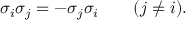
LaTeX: \sigma _ { i } \sigma _ { j } = - \sigma _ { j } \sigma _ { i } \qquad ( j \neq i ) .